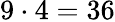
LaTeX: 9\cdot 4=36